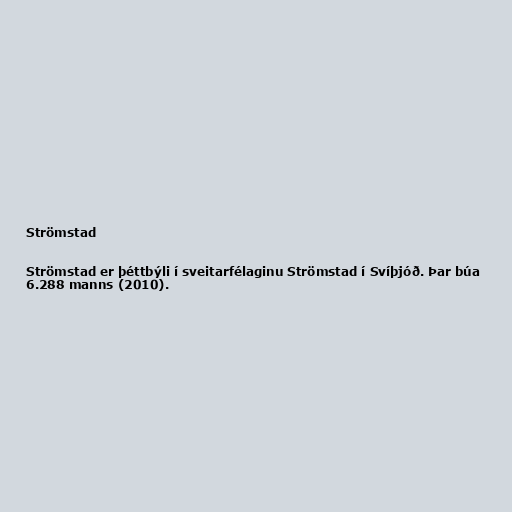
Strömstad

Strömstad er þéttbýli í sveitarfélaginu Strömstad í Svíþjóð. Þar búa
6.288 manns (2010).